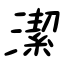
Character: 潔